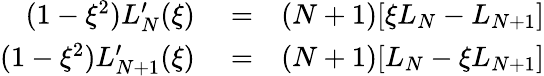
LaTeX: \begin{array}{rlr}{(1-\xi^{2})L_{N}^{\prime}(\xi)}&{{}=}&{(N+1)[\xi L_{N}-L_{N+1}]}\\ {(1-\xi^{2})L_{N+1}^{\prime}(\xi)}&{{}=}&{(N+1)[L_{N}-\xi L_{N+1}]}\end{array}